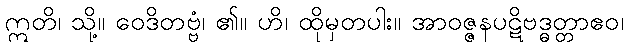
ဣတိ၊ သို့။ ဝေဒိတဗ္ဗံ၊ ၏။ ဟိ၊ ထိုမှတပါး။ အာဝဇ္ဇနပဋိဗဒ္ဓတ္တာဧဝ၊